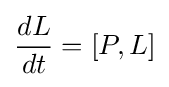
{\frac {dL}{dt}}=[P,L]